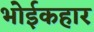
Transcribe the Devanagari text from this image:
भोईकहार